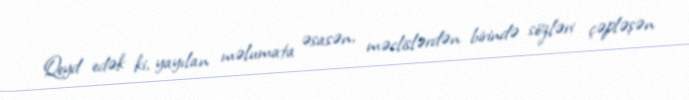
Qeyd edək ki, yayılan məlumata əsasən, məclislərdən birində sözləri çəpləşən